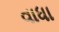
વાધા